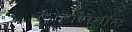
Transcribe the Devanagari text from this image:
लाहोरातील